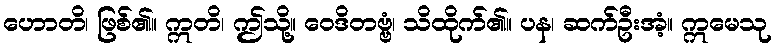
ဟောတိ၊ ဖြစ်၏။ ဣတိ၊ ဤသို့။ ဝေဒိတဗ္ဗံ၊ သိထိုက်၏။ ပန၊ ဆက်ဦးအံ့။ ဣမေသု